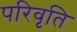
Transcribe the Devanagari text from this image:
परिवृति